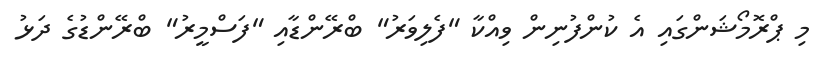
މި ޕްރޮމޯޝަންގައި އެ ކުންފުނިން ވިއްކާ "ފެލިވަރު" ބްރޭންޑާއި "ފަސްމީރު" ބްރޭންޑުގެ ދަޅު